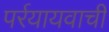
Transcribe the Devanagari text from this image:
पर्रयायवाची